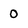
Character: 0